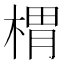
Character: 𣖜